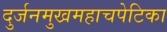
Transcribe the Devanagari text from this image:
दुर्जनमुखमहाचपेटिका